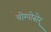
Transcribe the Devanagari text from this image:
चोम्पोसेर्